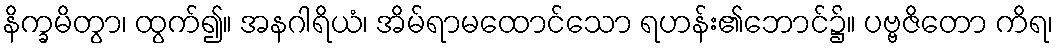
နိက္ခမိတွာ၊ ထွက်၍။ အနဂါရိယံ၊ အိမ်ရာမထောင်သော ရဟန်း၏ဘောင်၌။ ပဗ္ဗဇိတော ကိရ၊